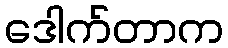
ဒေါက်တာက